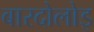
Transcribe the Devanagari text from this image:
बारदोलोइ